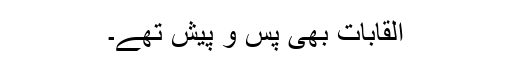
القابات بھی پس و پیش تھے۔